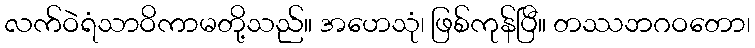
လက်ဝဲရံသာဝိကာမတို့သည်။ အဟေသုံ၊ ဖြစ်ကုန်ပြီ။ တဿဘဂဝတော၊